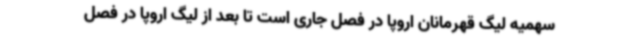
سهمیه لیگ قهرمانان اروپا در فصل جاری است تا بعد از لیگ اروپا در فصل